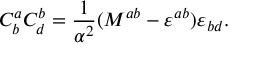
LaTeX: { \cal C } _ { b } ^ { a } { \cal C } _ { d } ^ { b } = \frac { 1 } { \alpha ^ { 2 } } ( { \cal M } ^ { a b } - \varepsilon ^ { a b } ) \varepsilon _ { b d } .